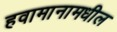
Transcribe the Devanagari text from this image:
हवामानामधील